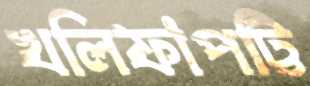
খলিফাপট্টি